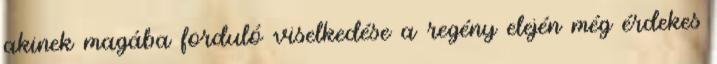
akinek magába forduló viselkedése a regény elején még érdekes